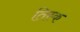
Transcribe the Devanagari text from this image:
तिस्क